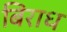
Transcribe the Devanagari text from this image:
बिराध